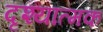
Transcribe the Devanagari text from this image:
दृश्‍यात्मक